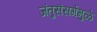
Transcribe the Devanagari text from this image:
जंतुसंसर्गमुळे